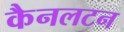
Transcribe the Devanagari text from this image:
कैनलटन